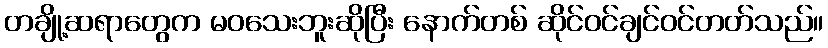
တချို့ဆရာတွေက မဝသေးဘူးဆိုပြီး နောက်တစ် ဆိုင်ဝင်ချင်ဝင်တတ်သည်။